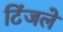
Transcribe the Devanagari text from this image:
टिंजले